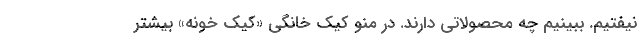
نیفتیم. ببینیم چه محصولاتی دارند. در منو کیک خانگی «کیک خونه» بیشتر